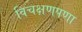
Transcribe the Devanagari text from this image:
विचक्षणपणा